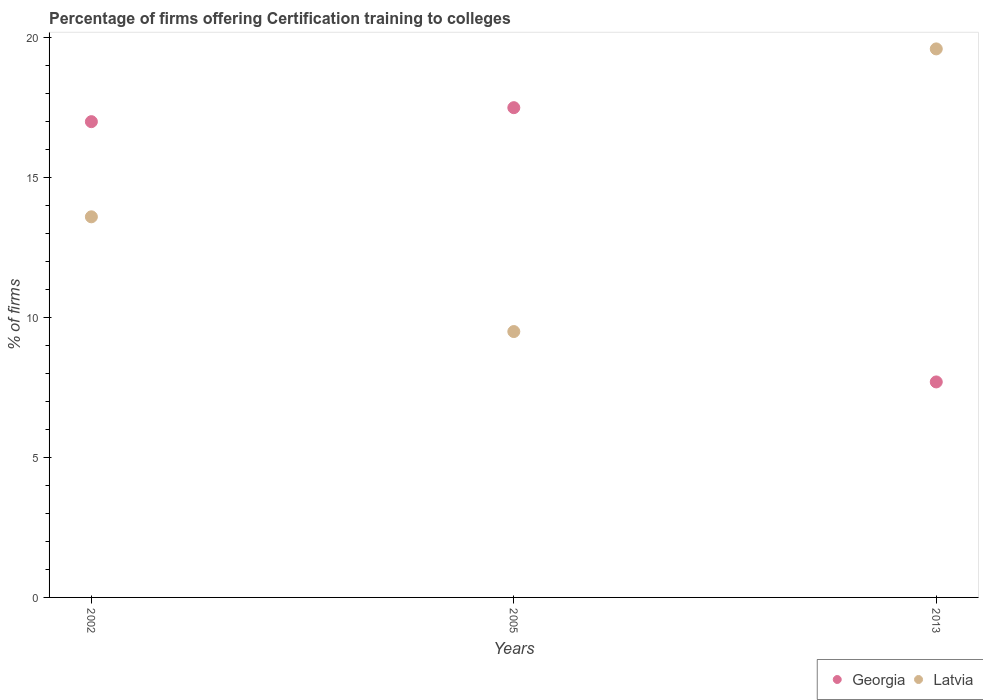
| Years | Georgia | Latvia |
 | --- | --- | --- |
 | 2002 | 17 | 13.6 |
 | 2005 | 17.5 | 9.5 |
 | 2013 | 7.7 | 19.6 |